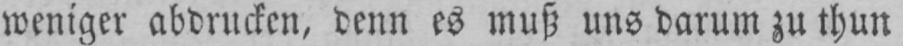
weniger abdrucken, denn es muß uns darum zu thun